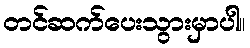
တင်ဆက်ပေးသွားမှာပါ။